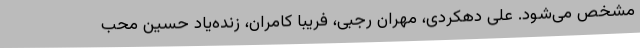
مشخص می‌شود. علی دهکردی، مهران رجبی، فریبا کامران، زنده‌یاد حسین محب